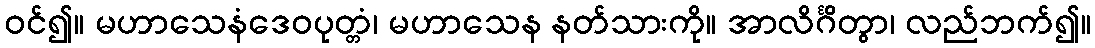
ဝင်၍။ မဟာသေနံဒေဝပုတ္တံ၊ မဟာသေန နတ်သားကို။ အာလိင်္ဂိတွာ၊ လည်ဘက်၍။